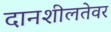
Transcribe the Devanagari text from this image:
दानशीलतेवर